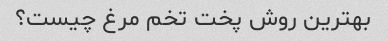
بهترین روش پخت تخم مرغ چیست؟